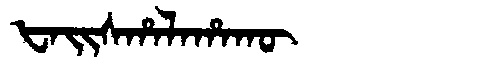
Manchu: ᡶᠠᡳᠰᡥᠠᠯᠠᡥᠠᡴᡡ
Romanization: FAISHALAHAKŪ